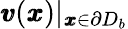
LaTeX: {\pmb v}({\pmb x})|_{{\pmb x}\in\partial D_{b}}